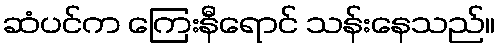
ဆံပင်က ကြေးနီရောင် သန်းနေသည်။